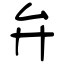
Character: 弁